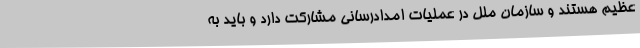
عظیم هستند و سازمان ملل در عملیات امدادرسانی مشارکت دارد و باید به